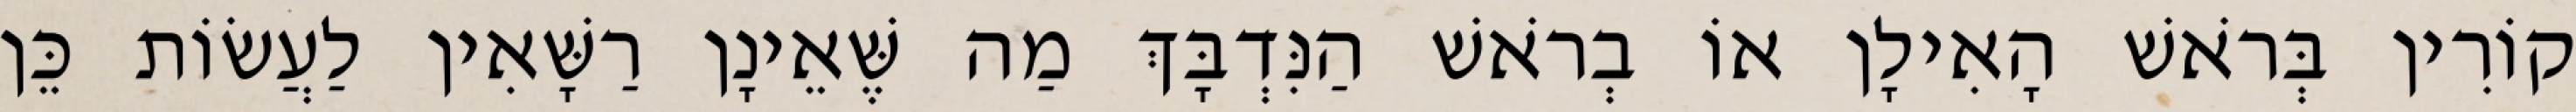
קוֹרִין בְּרֹאשׁ הָאִילָן אוֹ בְרֹאשׁ הַנִּדְבָּךְ מַה שֶּׁאֵינָן רַשָּׁאִין לַעֲשׂוֹת כֵּן